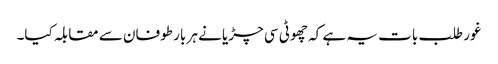
غور طلب بات یہ ہے کہ چھوٹی سی چڑیا نے ہر بار طوفان سے مقابلہ کیا۔